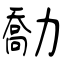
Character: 勪